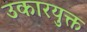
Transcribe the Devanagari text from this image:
उकारयुक्त